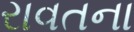
રાવતના